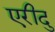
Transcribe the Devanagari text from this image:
एरीदु